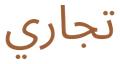
تجاري